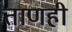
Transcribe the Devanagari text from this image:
ताणही